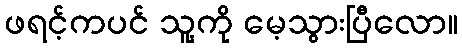
ဖရင့်ကပင် သူ့ကို မေ့သွားပြီလော။